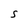
Character: S